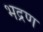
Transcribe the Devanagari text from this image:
भद्रण